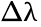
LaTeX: \Delta\uplambda